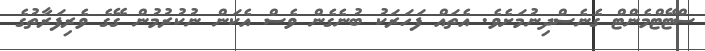
ސްޓޭޓްމެންޓް ގެނެސްދިނުމަށެވެ. އެތައް ފަހަރަކު ބުނެގެން ވެސް އެކަން ނުކުރުމުން ގޭގެ ވެރިފަރާތުގެ